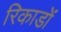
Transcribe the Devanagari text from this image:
रिकाडों